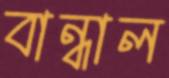
বান্ধাল